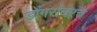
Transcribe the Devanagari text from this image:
डोंगरांवरचे